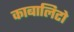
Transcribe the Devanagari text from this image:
काबालिटो